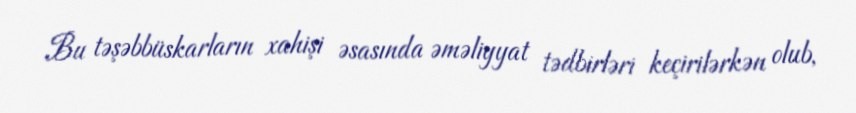
Bu təşəbbüskarların xahişi əsasında əməliyyat tədbirləri keçirilərkən olub,